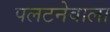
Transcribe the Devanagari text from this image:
पलटनेवाला